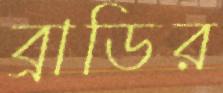
ব্রাডির